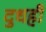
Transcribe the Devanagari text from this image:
दुधही